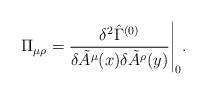
LaTeX: \begin{align*}\Pi_{\mu\rho} = \frac{\delta^2\hat{\Gamma}^{(0)}} {\delta \tilde{A}^\mu(x)\delta\tilde{A}^\rho(y)} \Bigg |_0.\end{align*}